Vital statistics of India. Vol. IV, Annual returns from 1871 to 1876. British Army of India, Native Army and jails of Bengal
Year: 1871
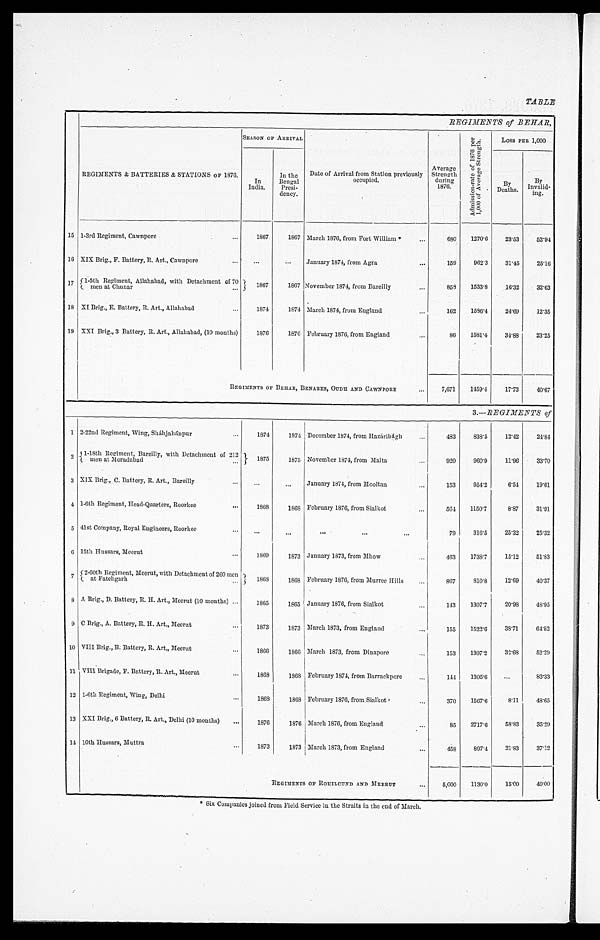
TABLE
REGIMENTS of BEHAR,
REGIMENTS & BATTERIES & STATIONS OF 1876.
SEASON OF ARRIVAL
Date of Arrival from Station previously
occupied.
Average
Strength
during
1876 .
A d m i s s i o n - r a t e o f 1 8 7 6 p e r 1 , 0 0 0 o f A v e r a g e S t r e n g t h .
LOSS PER 1,000
In
India.
In the
Benga1
Presi-
dency.
B y
Deaths.
B y
Invalid-i n g .
15 1-3rd Regiment, Cawnpore
...
1867
1867 March 1976, from Fort William *
. . .
680
1270.6
23.53
52.94
16 XIX Brig., F. Battery, R. Art., Cawnpore
...
...
...
January 1874, from Agra
. . .
159
962.3
31.45
25.16
1 7
1-5th Regiment, Allahabad, with Detachment of 70
1867
1867 November 1874, from Bareilly
...
858
1533.8
16.32
32.63
men at Chunar
18 XI Brig., E. Battery, R. Art., Allahabad
1874
1874 March 1874, from England
...
162
1586.4
24.69
12.35
19 XXI Brig., 3 Battery, R. Art., Allahabad, (10 months)
1876
1876 February 1876, from England
...
86
1581.4
34.88
23.25
REGIMENTS OF BEHAR, DENARES, OUDH AND CAWNPORE
...
7,671
1459.4
17.73
40.67
3. —REGIMENTS of
1 2-22nd Regiment, Wing, Sháhjahánpur
...
1874
1874 December 1874, from Hazáribágh
...
483
838.5
12.42
24.84
2 1-18th Regiment, Bareilly, with Detachment of 212
1875
1875 November 1874, from Malta alta
...
920
960.9
11.96
33.70
men at Moradabad
...
3 XIX Brig., C. Battery, R. Art., Bareilly
. . .
...
...
January 1874, from Mooltan
...
153
954.2
6.54
19.61
4 1-6th Regiment, Head-Quarters, Roorkee
...
1868
1868 February 1876, from Sialkot
...
564
1150.7
8.87
31.91
5 41st Company, Royal Engineers, Roorkee
. . .
. . .
...
...
. . .
...
. . .
79
316.5
25.32
25.32
6 15th Hussars, Meerut
. . .
1869
1873 January 1873, from Mhow
...
463
1738.7
15.12
51.83
7 2-60th Regiment, Meerut, with Detachment of 260 men
1868
1868 February 1876, from Murree Hills
...
867
810.8
12.69
40.37
at Fatehgarh
...
8 A Brig., D. Battery, R. H. Art., Meerut (10 months) ...
1865
1865 January 1876, from Sialkot
...
143
1307.7
20.98
48.95
9 C Brig., A. Battery, R. H. Art., Meerut
. . . 1873
1873 March 1873, from England
...
155
1522.6
38.71
64.52
10 VIII Brig., B. Battery, R. Art., Meerut
. . .
1866
1866 March 1873, from Dinapore
...
153
1307.2
32.68
52.29
11 VIII Brigade, F. Battery, F. Art., Meerut
. . .
1868
1868 February 1874, from Barrackpore
...
144
1305.6
. . .
83.33
12 1-6th Regiment, Wing, Delhi
. . .
1868
1868 February 1876, from Sialkot
...
370
1567.6
8.11
48.65
13 XXI Brig., 6 Battery, R. Art., Delhi (10 months)
...
1876
1876 March 1876, from England
1
...
85
2717.6
58.83
35.29
14 10th Hussars, Muttra
. . .
1873
1873 March 1873, from England
...
458
897.4
21.83
37.12
REGIMENTS OF ROHILCUND AND MEERUT
...
5,000
1130.0
15.00
40.00
‫٭‬ Six Companies joined from Field Service iu the Straits in the end of March.